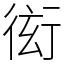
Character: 衒